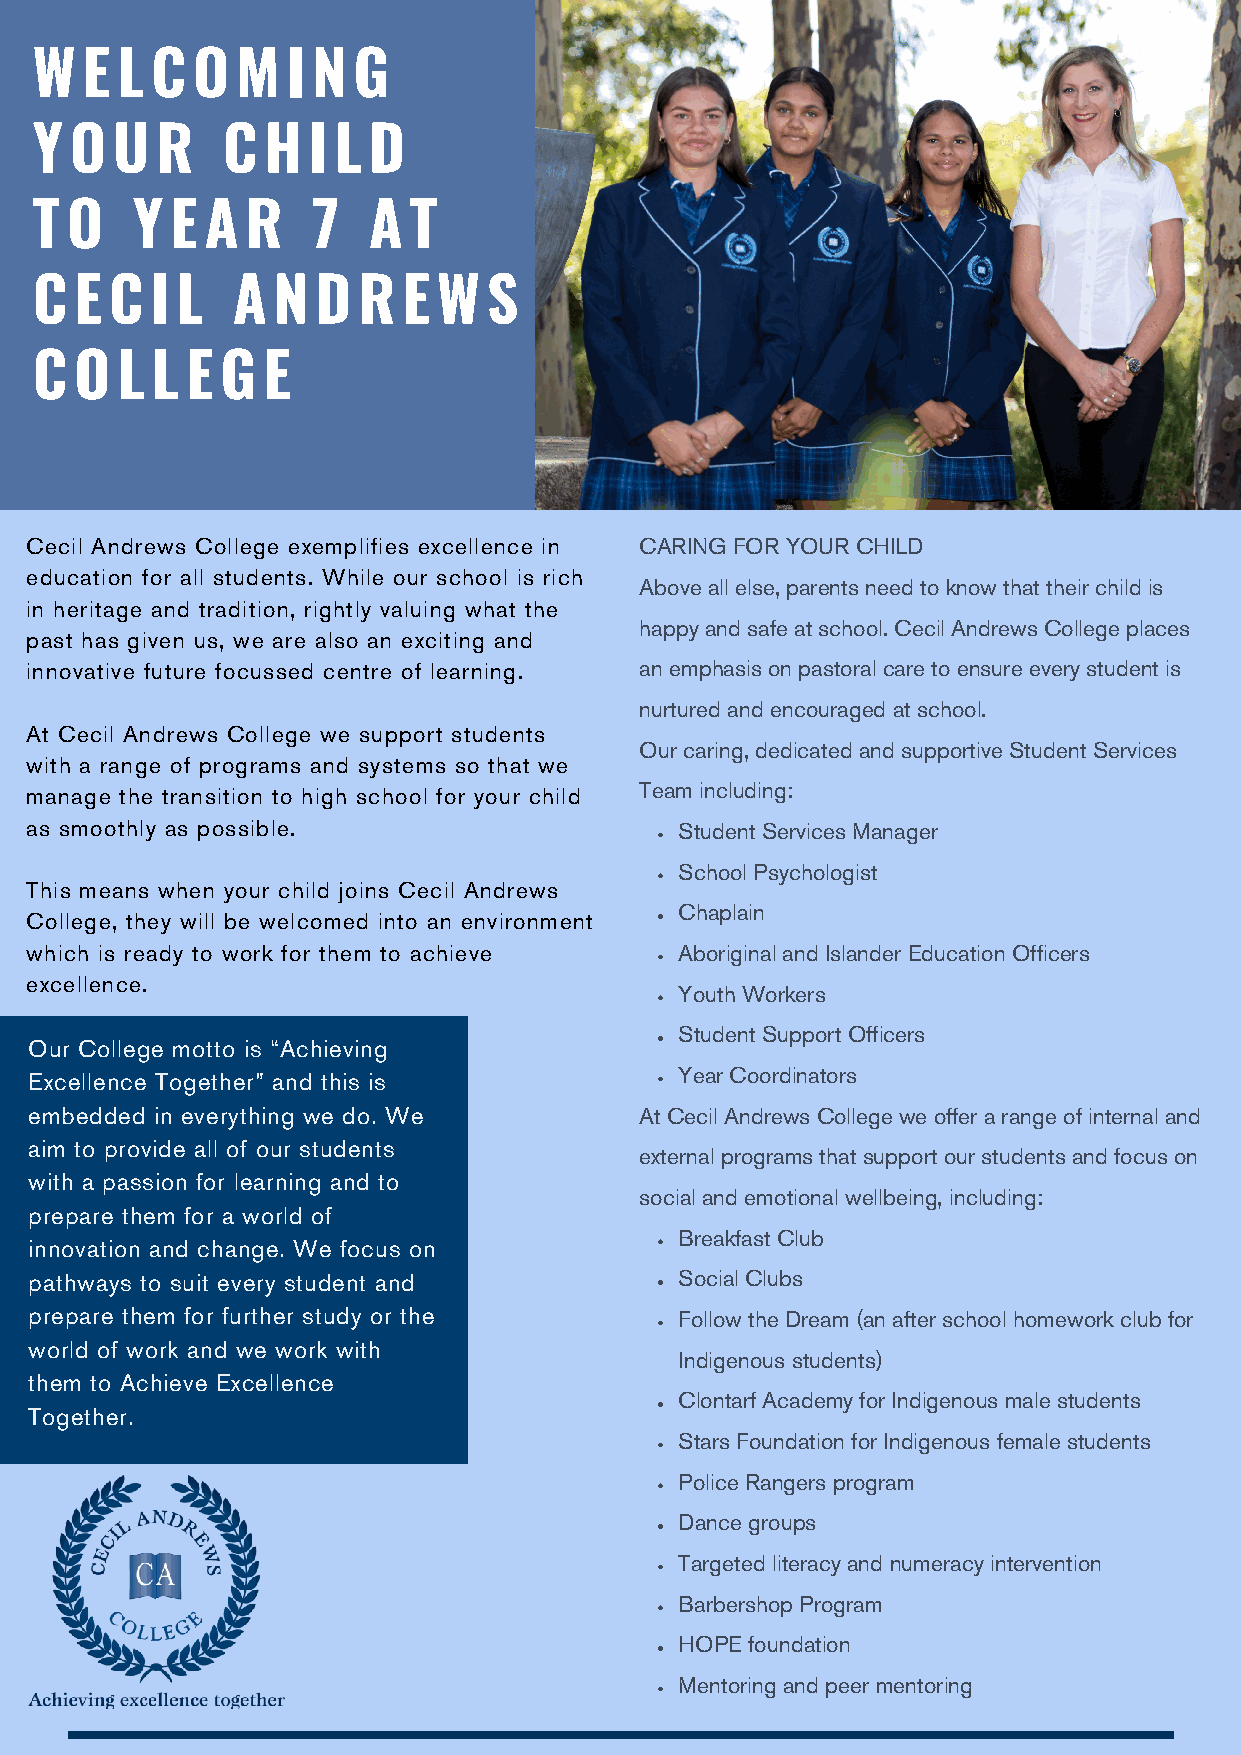
W  E  L C  O  M  I N G
 Y  O U  R    C  H I L D
 T O    Y E  A R    7  A  T
 C  E C  I L  A  N  D  R  E W  S
 C  O  L L E  G E
 Cecil Andrews College exemplifies excellence in CARING FOR YOUR CHILD
 education for all students. While our school is rich
 Above all else, parents need to know that their child is
 in heritage and tradition, rightly valuing what the
 happy and safe at school. Cecil Andrews College places
 past has given us, we are also an exciting and
 innovative future focussed centre of learning. an emphasis on pastoral care to ensure every student is
 nurtured and encouraged at school.
 At Cecil Andrews College we support students
 Our caring, dedicated and supportive Student Services
 with a range of programs and systems so that we
 manage the transition to high school for your child Team including:
 as smoothly as possible.                   Student Services Manager
 School Psychologist
 This means when your child joins Cecil Andrews
 Chaplain
 College, they will be welcomed into an environment
 which is ready to work for them to achieve Aboriginal and Islander Education Officers
 excellence.
 Youth Workers
 Student Support Officers
 Our College motto is “Achieving
 Year Coordinators
 Excellence Together” and this is
 embedded in everything we do. We        At Cecil Andrews College we offer a range of internal and
 aim to provide all of our students
 external programs that support our students and focus on
 with a passion for learning and to
 social and emotional wellbeing, including:
 prepare them for a world of
 Breakfast Club
 innovation and change. We focus on
 pathways to suit every student and         Social Clubs
 prepare them for further study or the      Follow the Dream (an after school homework club for
 world of work and we work with
 Indigenous students)
 them to Achieve Excellence
 Clontarf Academy for Indigenous male students
 Together.
 Stars Foundation for Indigenous female students
 Police Rangers program
 Dance groups
 Targeted literacy and numeracy intervention
 Barbershop Program
 HOPE foundation
 Mentoring and peer mentoring